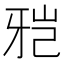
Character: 𱭤